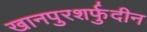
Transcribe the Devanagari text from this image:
खानपुरशर्फुदीन